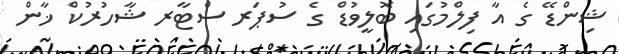
ޝިންޑޭ ގެ އާ ފިލްމުގައި ބޮލީވުޑް ގެ ސުޕަރ ސްޓާރ ޝާހުރުކް ޚާން